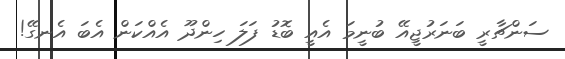
ސަންޗާރީ ބަނަރުޖީއޭ ބުނީމަ އެއީ ބޮޑު ފަލަ ހިންދޫ އެއްކަން އެބަ އެނގޭ!